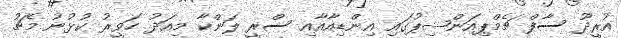
އުރީދޫ ސާފް ޗެމްޕިއަންޝިޕުގައި އިންޑިއާއާއި ސްރީ ލަންކާ މިއަދު ހަވީރު ކުޅުނު މެޗު